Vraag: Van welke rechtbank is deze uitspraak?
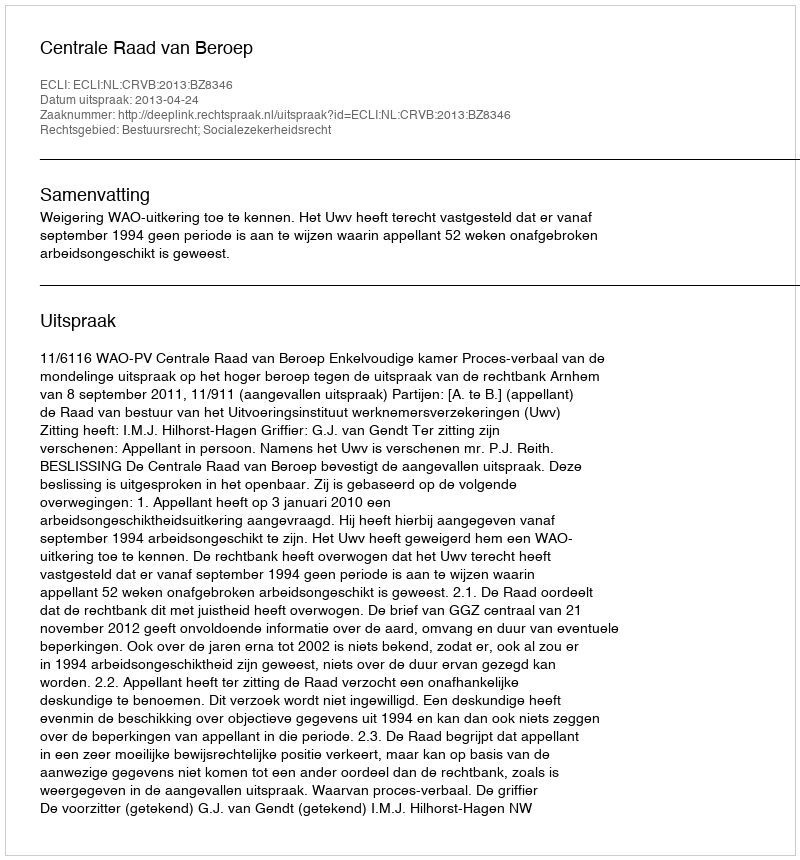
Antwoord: Centrale Raad van Beroep